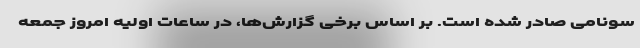
سونامی صادر شده است. بر اساس برخی گزارش‌ها، در ساعات اولیه امروز جمعه